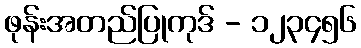
ဖုန်းအတည်ပြုကုဒ် - ၁၂၃၄၅၆